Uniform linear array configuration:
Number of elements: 8
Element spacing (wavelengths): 0.25
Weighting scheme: uniform
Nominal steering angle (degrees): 15
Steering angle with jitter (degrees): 13.96
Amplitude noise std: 0.05
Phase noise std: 0.05

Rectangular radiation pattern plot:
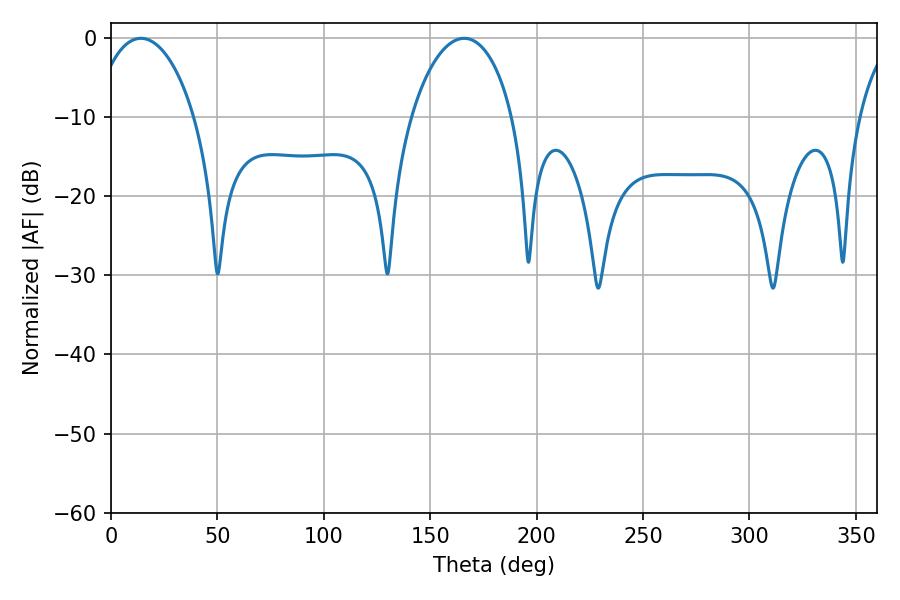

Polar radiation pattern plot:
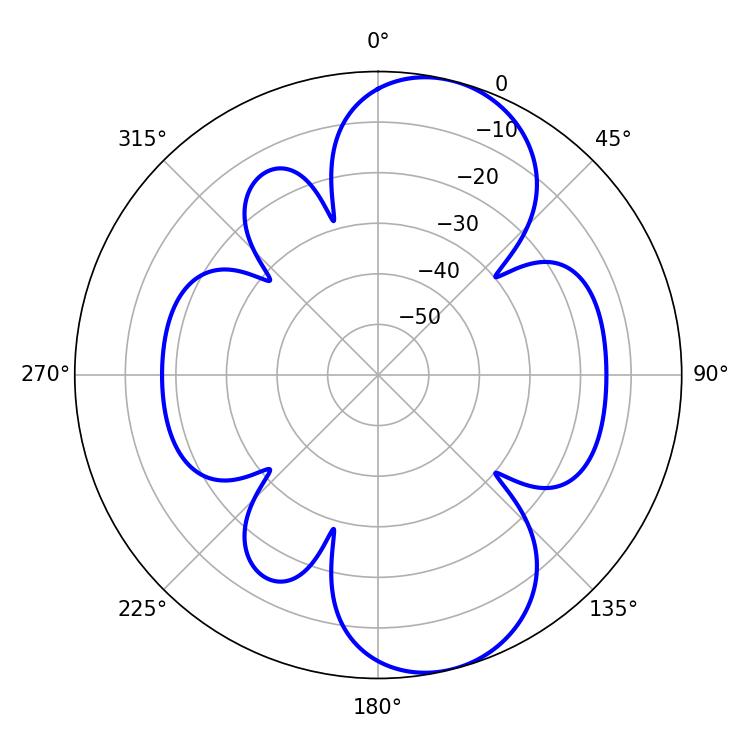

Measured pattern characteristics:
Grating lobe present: FALSE
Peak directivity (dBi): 8.986
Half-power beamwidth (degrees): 27.18
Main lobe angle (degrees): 14.04